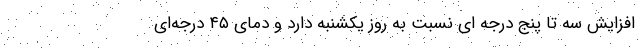
افزایش سه تا پنج درجه ای نسبت به روز یکشنبه دارد و دمای ۴۵ درجه‌ای